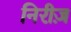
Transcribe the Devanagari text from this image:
निरीज़